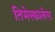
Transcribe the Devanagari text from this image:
तिमेस्कालेस